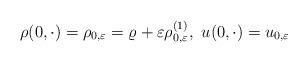
LaTeX: \begin{align*}\rho(0,\cdot)=\rho_{0,\varepsilon}=\varrho+\varepsilon\rho^{(1)}_{0,\varepsilon},\ u(0,\cdot)=u_{0,\varepsilon}\end{align*}